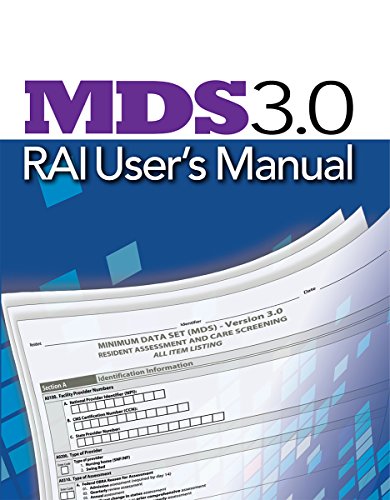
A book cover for MDS 3.0 RAI User's Manual (October 2014 Update); HCPro; Medical Books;